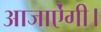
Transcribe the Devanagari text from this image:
आजाऐंगी।